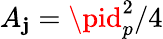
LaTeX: A_{\mathbf{j}}=\pid_{p}^{2}/4